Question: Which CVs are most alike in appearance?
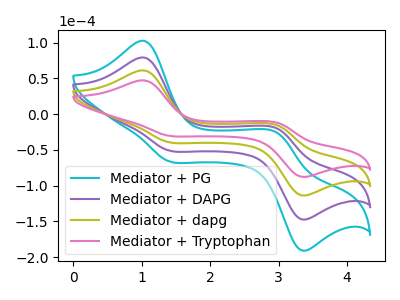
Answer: <think>The cyan curve "Mediator + PG" has anodic peaks at (1.05V, 183.25uA) (3.00V, -46.40uA) and cathodic peaks at (1.40V, -117.80uA) (3.30V, -338.95uA). The purple curve "Mediator + DAPG" has anodic peaks at (1.05V, 122.15uA) (3.00V, -30.95uA) and cathodic peaks at (1.40V, -78.55uA) (3.30V, -225.95uA). The olive curve "Mediator + dapg" has anodic peaks at (1.05V, 61.10uA) (3.00V, -15.45uA) and cathodic peaks at (1.40V, -39.25uA) (3.30V, -113.00uA). The pink curve "Mediator + Tryptophan" has anodic peaks at (1.05V, 47.15uA) (3.00V, -11.95uA) and cathodic peaks at (1.40V, -30.30uA) (3.30V, -87.20uA).
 All the peaks in "Mediator + PG" have a peak in "Mediator + DAPG" at the same potential. All the peaks in "Mediator + PG" have a peak in "Mediator + dapg" at the same potential. All the peaks in "Mediator + PG" have a peak in "Mediator + Tryptophan" at the same potential. All the peaks in "Mediator + DAPG" have a peak in "Mediator + dapg" at the same potential. All the peaks in "Mediator + DAPG" have a peak in "Mediator + Tryptophan" at the same potential. All the peaks in "Mediator + dapg" have a peak in "Mediator + Tryptophan" at the same potential.</think>
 <answer>"Mediator + Tryptophan", "Mediator + PG", "Mediator + DAPG" and "Mediator + dapg" have the same shape and are likely CV's of the same chemical.</answer>
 <eval>"Mediator + Tryptophan" "Mediator + PG" "Mediator + DAPG" "Mediator + dapg"</eval>